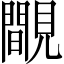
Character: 覸